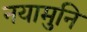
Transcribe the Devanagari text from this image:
नयामुनि